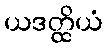
ယဒတ္ထိယံ